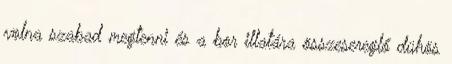
volna szabad megtenni és a bor illatára összesereglő dühös